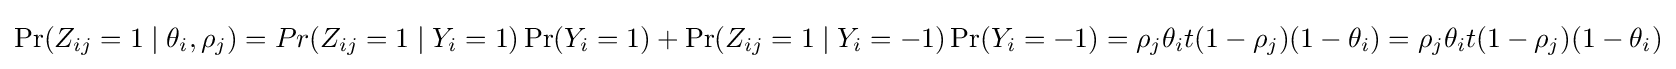
\Pr(Z_{ij}=1\mid \theta _{i},\rho _{j})=Pr(Z_{ij}=1\mid Y_{i}=1)\Pr(Y_{i}=1)+\Pr(Z_{ij}=1\mid Y_{i}=-1)\Pr(Y_{i}=-1)=\rho _{j}\theta _{i}t(1-\rho _{j})(1-\theta _{i})=\rho _{j}\theta _{i}t(1-\rho _{j})(1-\theta _{i})